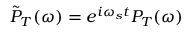
\tilde { P } _ { T } ( \omega ) = e ^ { i \omega _ { s } t } P _ { T } ( \omega )